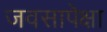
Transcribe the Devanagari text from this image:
जवसापेक्षा